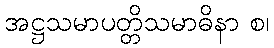
အဋ္ဌသမာပတ္တိသမာဓိနာ စ၊